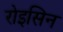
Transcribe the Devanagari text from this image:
रोइसिन